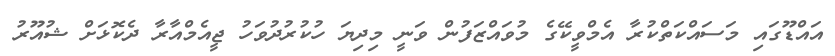
އައްޑޫގައި މަސައްކަތްކުރާ އެމްވީކޭގެ މުވައްޒަފުން ވަނީ މިދިޔަ ހުކުރުދުވަހު ޖީއެމްއާރާ ދެކޮޅަށް ޝުއޫރު